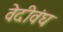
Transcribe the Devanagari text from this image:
वेदीवंघ